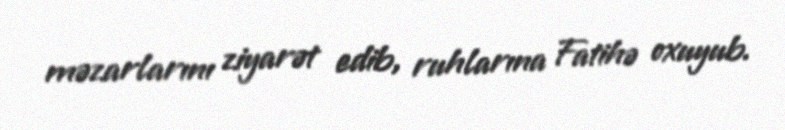
məzarlarını ziyarət edib, ruhlarına Fatihə oxuyub.